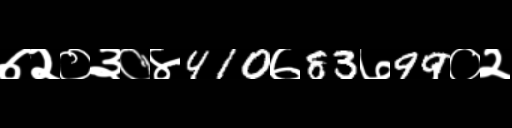
Text: ७२०३०४410७83७99०२